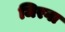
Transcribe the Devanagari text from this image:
जिरगा